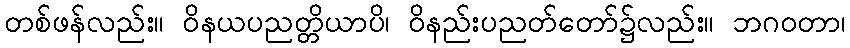
တစ်ဖန်လည်း။ ဝိနယပညတ္တိယာပိ၊ ဝိနည်းပညတ်တော်၌လည်း။ ဘဂဝတာ၊